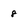
Character: 8